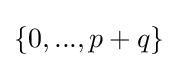
\{0,...,p+q\}